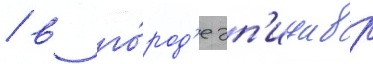
/ в го́род'е эп'идавр